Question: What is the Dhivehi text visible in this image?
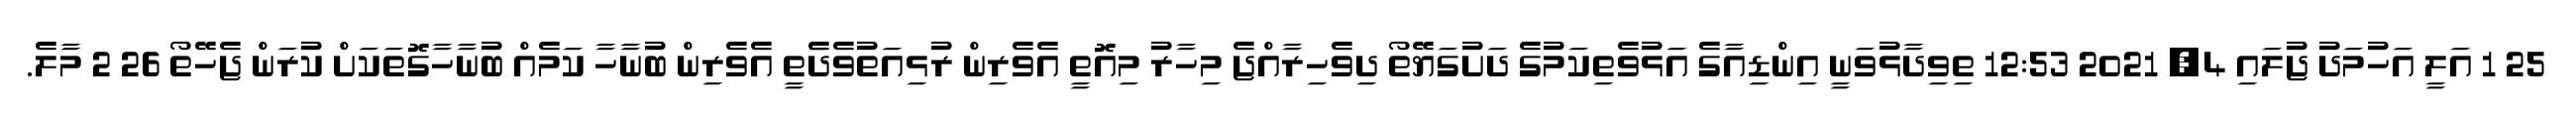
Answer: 25 1 އަލީ އަހުމަދު ޖުލައި 4, 2021 12:53 ތިވިދާޅުވަނީ އިންޑިއާގެ އަޅުވެތިކަމުގެ ދަށުގަޔޭތޯ ދިވެހިރާއްޖެ މިހާރު މިއޮތީ އެވެރިން ރުޅިއަތުވެދާެތީ އެވެރިން ބުނާހާ ކަމެއް ބުނާހާގޮތަކަށް ކުރަން ޖެހޭތޯ 26 2 މާލެ.